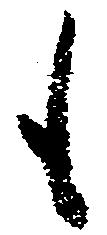
も